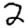
Digit: 2